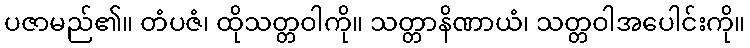
ပဇာမည်၏။ တံပဇံ၊ ထိုသတ္တဝါကို။ သတ္တာနိဏာယံ၊ သတ္တဝါအပေါင်းကို။